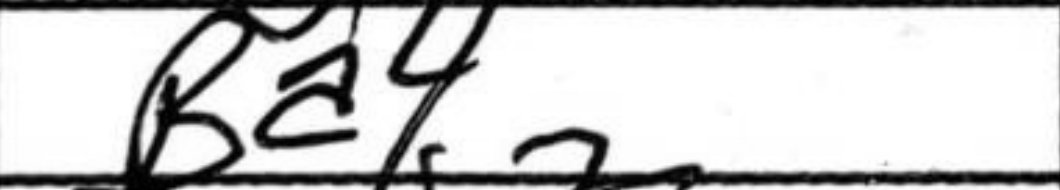
Transcription: Ba4